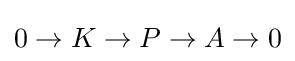
0\to K\to P\to A\to 0